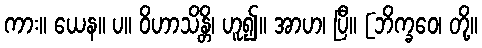
ကား။ ယေန။ ပ။ ဝိဟာသိန္တိ၊ ဟူ၍။ အာဟ၊ ပြီ။ [ဘိက္ခဝေ၊ တို့။